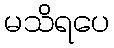
မသိရပေ